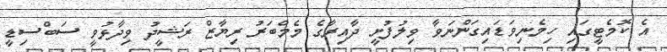
އެ ކޮމެޓީގައި ހިމެނިވަޑައިގަންނަވާ ވިލުފުށީ ދާއިރާގެ މެމްބަރު ރިޔާޒް ރަޝީދު ވިދާޅުވީ ސަބްސިޑީ